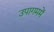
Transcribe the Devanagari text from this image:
उपागममें